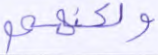
ولكنهم